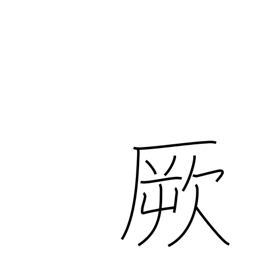
Meaning: that